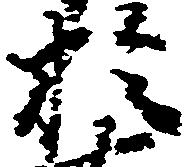
於